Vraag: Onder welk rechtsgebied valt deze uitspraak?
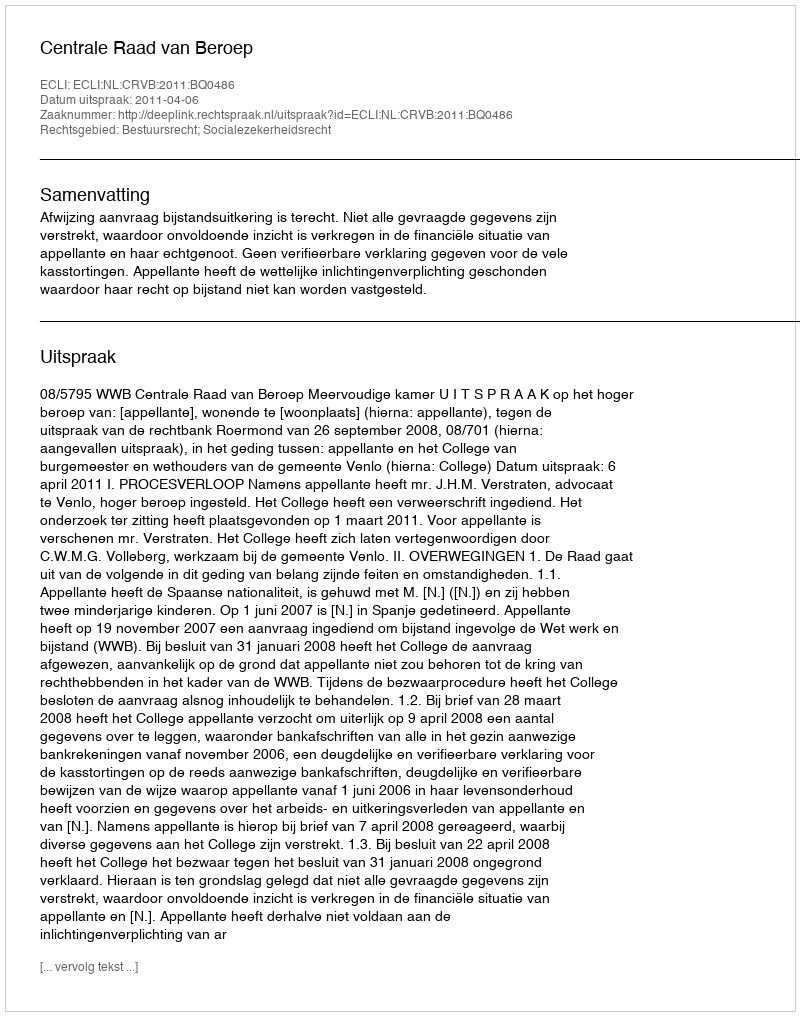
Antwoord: Bestuursrecht; Socialezekerheidsrecht